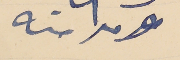
ومدامته